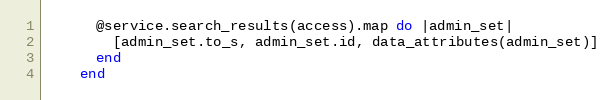
Language: Ruby
      @service.search_results(access).map do |admin_set|
        [admin_set.to_s, admin_set.id, data_attributes(admin_set)]
      end
    end